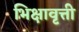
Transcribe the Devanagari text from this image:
भिक्षावृत्ती